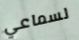
لسماعي